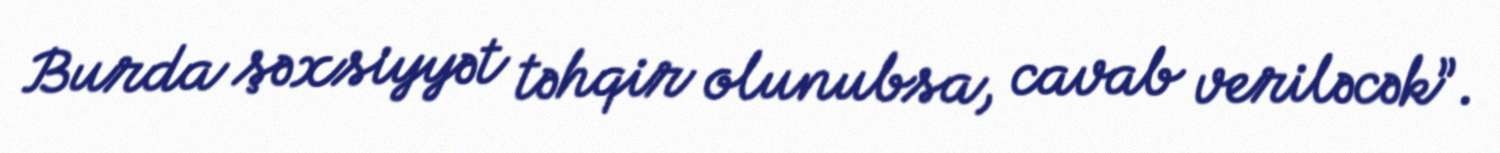
Burda şəxsiyyət təhqir olunubsa, cavab veriləcək”.